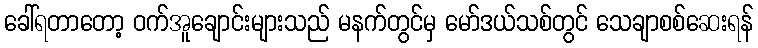
ခေါ်ရတာတော့ ဝက်အူချောင်းများသည် မနက်တွင်မှ မော်ဒယ်သစ်တွင် သေချာစစ်ဆေးရန်